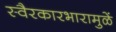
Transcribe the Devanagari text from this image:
स्वैरकारभारामुळें